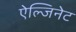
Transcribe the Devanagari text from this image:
ऐल्जिनेट